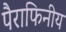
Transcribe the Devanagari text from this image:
पैराफिनीय